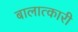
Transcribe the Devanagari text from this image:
बालात्कारी